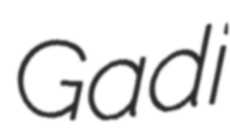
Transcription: Gadi